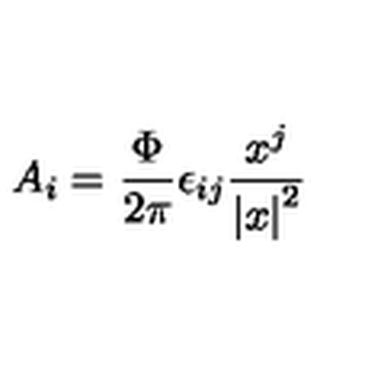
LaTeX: A _ { i } = { \frac { \Phi } { 2 \pi } } \epsilon _ { i j } { \frac { x ^ { j } } { { \vert x \vert } ^ { 2 } } }